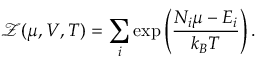
{ \mathcal { Z } } ( \mu , V , T ) = \sum _ { i } \exp \left( { \frac { N _ { i } \mu - E _ { i } } { k _ { B } T } } \right) .